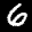
Label: 6